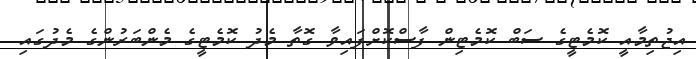
އިޖުތިމާއީ ކޮމެޓީގެ ސަބް ކޮމެޓިން ފާސްކޮށްފައިވާ ގޮތާ މެދު ކޮމެޓީގެ މެންބަރުންގެ މެދުގައި